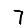
Digit: 7